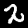
Label: 2